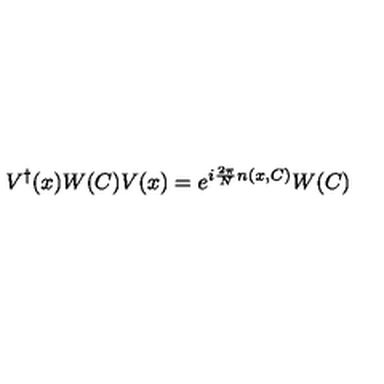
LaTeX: V ^ { \dagger } ( x ) W ( C ) V ( x ) = e ^ { i { \frac { 2 \pi } { N } } n ( x , C ) } W ( C )